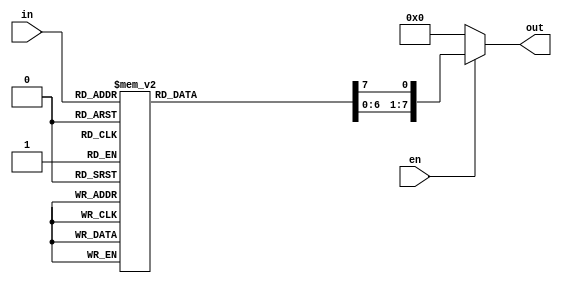
`timescale 1ns / 1ps
//////////////////////////////////////////////////////////////////////////////////
// Company: 
// Engineer: 
// 
// Design Name: 
// Module Name:    deccoder 
// Project Name: 
// Target Devices: 
// Tool versions: 
// Description: 
//
// Dependencies: 
//
// Revision: 
// Revision 0.01 - File Created
// Additional Comments: 
//
//////////////////////////////////////////////////////////////////////////////////
module deccoder( in,out, en);
input [2:0]  in;
input en;
output [7:0] out;
  reg [7:0] out;
 
 always @( in or en)
	begin
 
      if (en) 
        begin
          out=8'd0;
          case (in)
              3'b000: out[0]=1'b1;
              3'b001: out[1]=1'b1;
              3'b010: out[2]=1'b1;
              3'b011: out[3]=1'b1;
              3'b100: out[4]=1'b1;
              3'b101: out[5]=1'b1;
              3'b110: out[6]=1'b1;
              3'b111: out[7]=1'b1;
              default: out=8'd0;
          endcase
      end
else 
out=8'd0;
end
endmodule